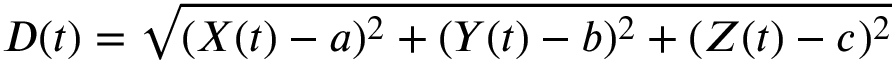
D ( t ) = \sqrt { ( X ( t ) - a ) ^ { 2 } + ( Y ( t ) - b ) ^ { 2 } + ( Z ( t ) - c ) ^ { 2 } }